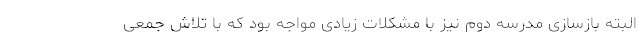
البته بازسازی مدرسه دوم نیز با مشکلات زیادی مواجه بود که با تلاش جمعی